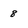
Character: 8